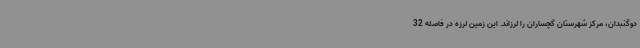
دوگنبدان، مرکز شهرستان گچساران را لرزاند. این زمین لرزه در فاصله 32